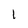
Character: 1